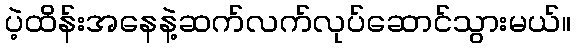
ပဲ့ထိန်းအနေနဲ့ဆက်လက်လုပ်ဆောင်သွားမယ်။